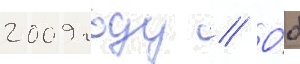
2009 году // О́б